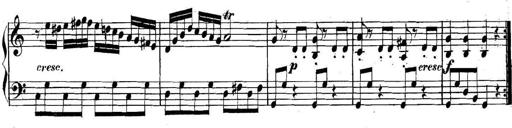
Title: Collected Piano Sonatas
Composer: Muzio Clementi